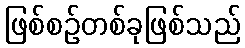
ဖြစ်စဉ်တစ်ခုဖြစ်သည်